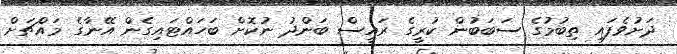
ދަށުވެފައި ތިބުމުގެ ސަބަބުން ކުރީގެ ރައީސް ބަންދު ނުކޮށް ބަހައްޓައިގެން އޭނާގެ މައްޗަށް